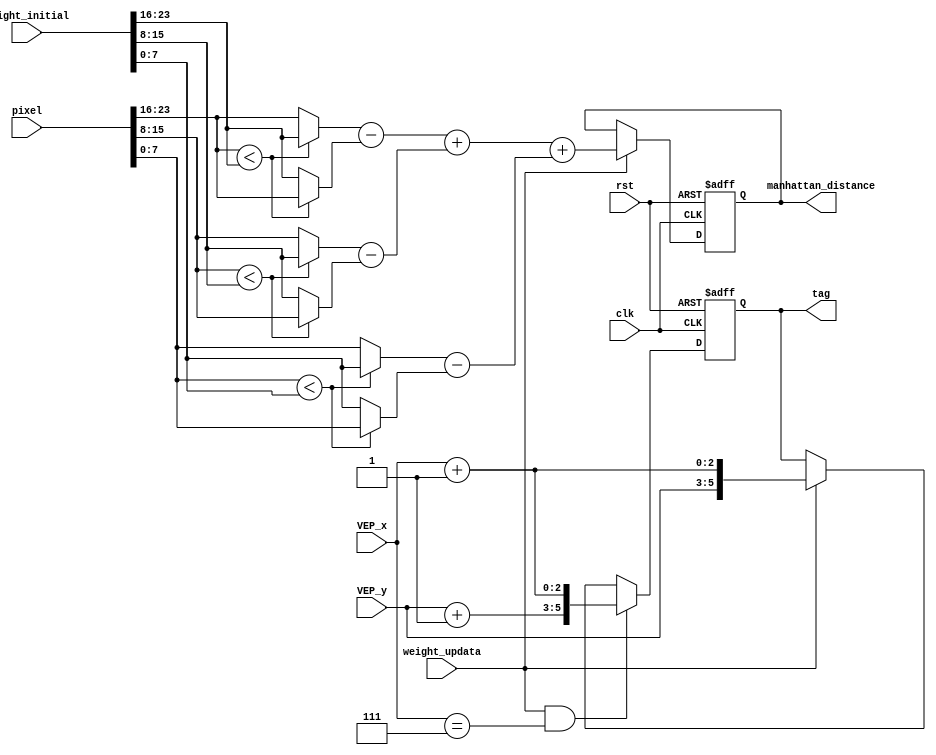
/*
* Hint
sigal explanation:
1.  clk                	: This is a positive edge-triggered clock signal.
2.  rst                	: This is a reset signal.
3.  VEP_x              	: The x-coordinate of this VEP.
4.  VEP_y              	: The y-coordinate of this VEP.
5.  pixel              	: Same as RAM_IF_Q, includes {R, G, B} channels with 8 bits in each channel.
6.  weight_initial    	: The initial codebook value read from RAM_W.
7.  weight_update     	: A write enable signal from the controller that tells the read data(codebook) from RAM_W for which VEP should write.
8.  tag					: output the tag of the codebook(weight) stored in this VEP (tag = {y, x})
9.  manhattan_distance 	: For example, the Manhattan distance between (125, 80, 27) and (110, 70, 34) is |125-110|+|80-70|+|27-34|=32.

*/

module VEP(
  input              clk,
  input              rst,
  input  [      2:0] VEP_x,
  input  [      2:0] VEP_y,
  input  [8*3 - 1:0] pixel,
  input  [8*3 - 1:0] weight_initial,
  input              weight_updata,
  output reg [		5:0] tag,
  output reg [      9:0] manhattan_distance//manhattan distance, add 2 extension bits to prevent overflow
);

reg [7:0] blue_d;
reg [7:0] green_d;
reg [7:0] red_d;
//distance
wire [7:0] b_sub;
assign b_sub = (pixel[23:16] < weight_initial[23:16])? pixel[23:16]: weight_initial[23:16];
wire [7:0] g_sub;
assign g_sub = (pixel[15:8] < weight_initial[15:8])? pixel[15:8]: weight_initial[15:8];
wire [7:0] r_sub;
assign r_sub = (pixel[7:0] < weight_initial[7:0])? pixel[7:0]: weight_initial[7:0];

wire [7:0] b_subed;
assign b_subed = (pixel[23:16] < weight_initial[23:16])? weight_initial[23:16]: pixel[23:16];
wire [7:0] g_subed;
assign g_subed = (pixel[15:8] < weight_initial[15:8])? weight_initial[15:8]: pixel[15:8];
wire [7:0] r_subed;
assign r_subed = (pixel[7:0] < weight_initial[7:0])? weight_initial[7:0]: pixel[7:0];

always@(*)begin
	blue_d = b_subed - b_sub;
end
always@(*)begin
	green_d = g_subed - g_sub;
end
always@(*)begin
	red_d = r_subed - r_sub;
end
always@(posedge clk or posedge rst) begin
	if(rst)
		manhattan_distance <= 10'd0;
	else if(weight_updata)
		manhattan_distance <= blue_d + green_d + red_d;
end

reg [2:0] VEP_x_r;
reg [2:0] VEP_y_r;
reg [2:0] VEP_y_1_r;

always@(*) begin
	VEP_x_r = VEP_x + 3'd1;
end
always@(*) begin
	VEP_y_r = VEP_y;
end
always@(*) begin
	VEP_y_1_r = VEP_y + 3'd1;
end

always@(posedge clk or posedge rst) begin
	if(rst)
		tag <= 6'd0;
	else if(weight_updata && VEP_x==3'd7)
		tag <= {VEP_y_1_r,VEP_x_r};
	else if(weight_updata)
		tag <= {VEP_y_r,VEP_x_r};
end





endmodule